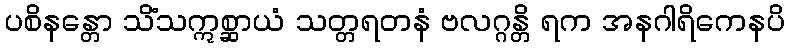
ပစိနန္တော သိံသဣစ္ဆာယံ သတ္တရတနံ ဗလဂ္ဂန္တိ ရက အနဂါရိကေနပိ